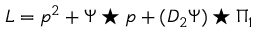
L = p ^ { 2 } + \Psi \star p + ( D _ { 2 } \Psi ) \star \Pi _ { 1 }